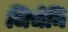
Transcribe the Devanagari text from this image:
जिचेनि